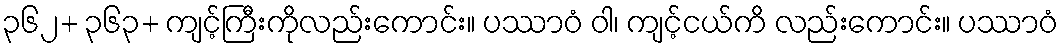
၃၆၂+ ၃၆၃+ ကျင့်ကြီးကိုလည်းကောင်း။ ပဿာဝံ ဝါ၊ ကျင့်ငယ်ကိ လည်းကောင်း။ ပဿာဝံ